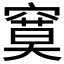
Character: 𰩙